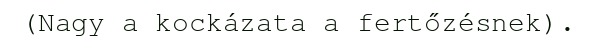
(Nagy a kockázata a fertőzésnek).